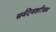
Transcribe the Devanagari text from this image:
सर्वदेवशरीजम